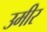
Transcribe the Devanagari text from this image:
उमीर